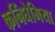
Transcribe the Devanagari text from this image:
कनिंघेमिया